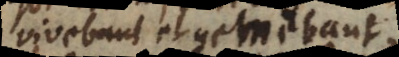
vivebant et gemebant,